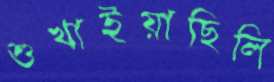
শুখাইয়াছিলি